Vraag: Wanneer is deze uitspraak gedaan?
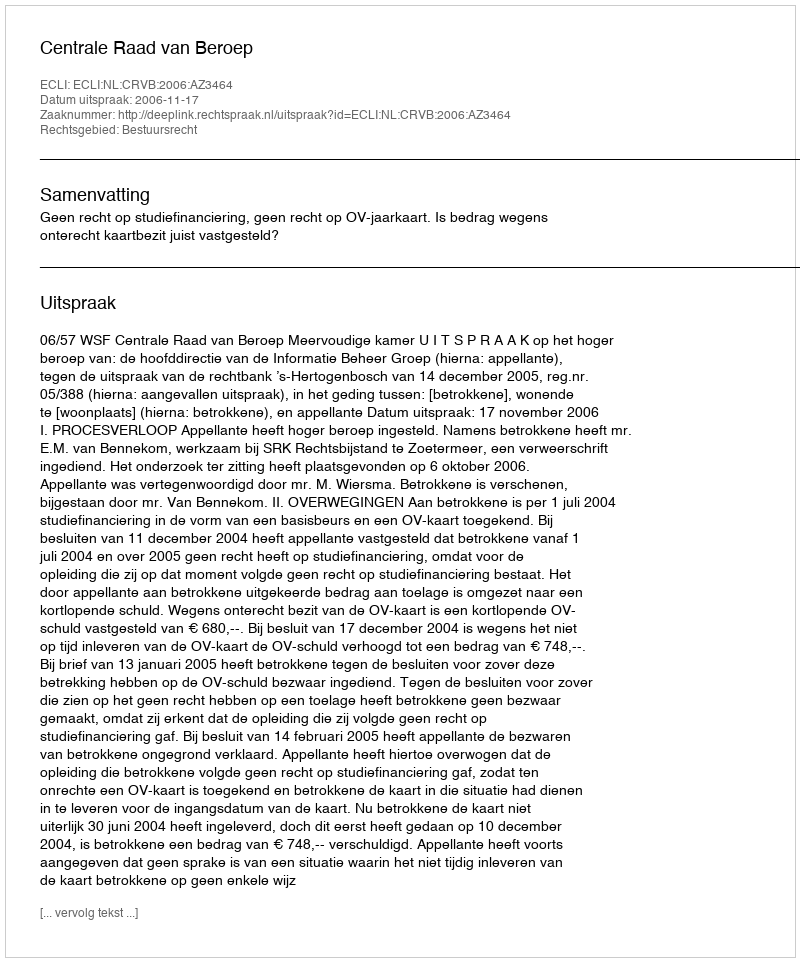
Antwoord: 2006-11-17